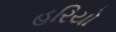
હરિયો